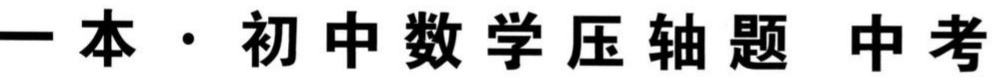
一本·初中数学压轴题 中考